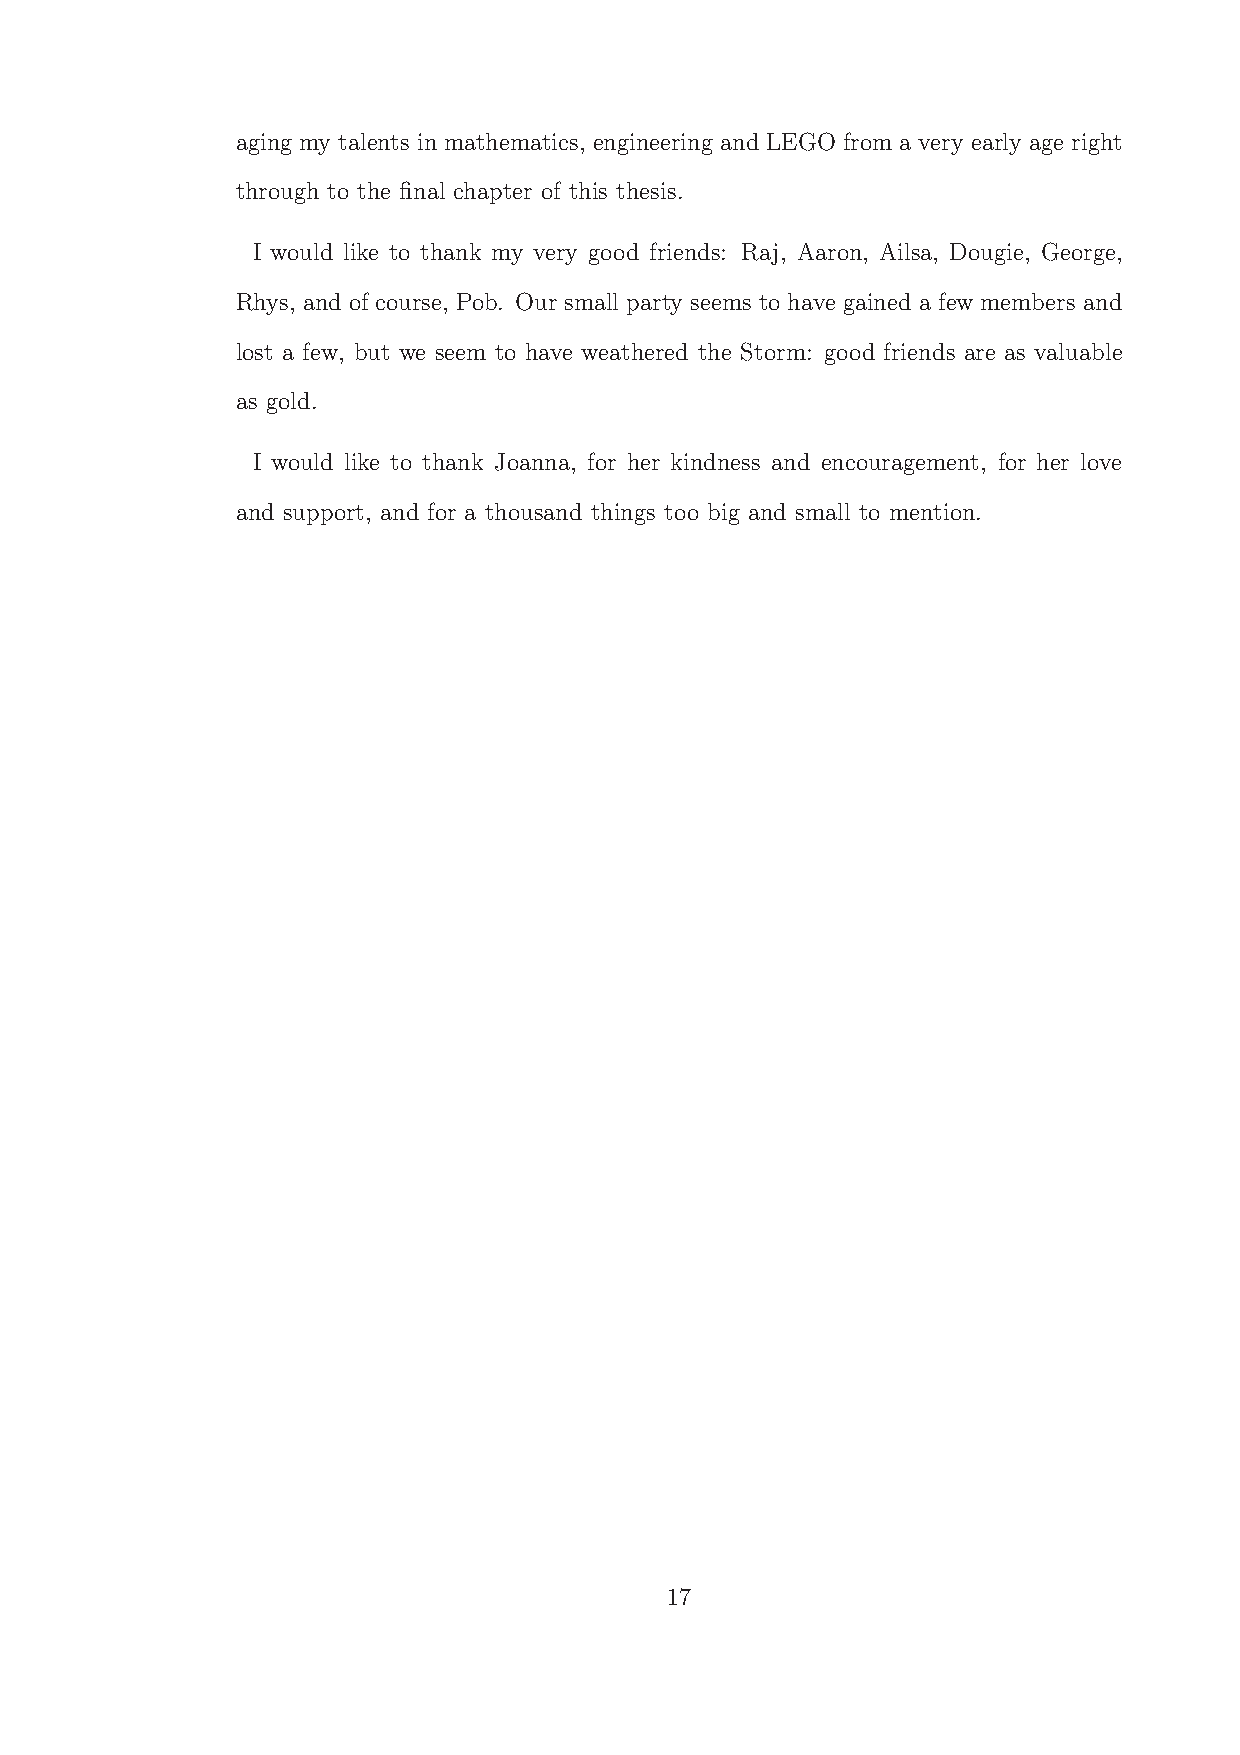
aging my talents in mathematics, engineering and LEGO from a very early age right
 through to the final chapter of this thesis.
 I would like to thank my very good friends: Raj, Aaron, Ailsa, Dougie, George,
 Rhys, and of course, Pob. Our small party seems to have gained a few members and
 lost a few, but we seem to have weathered the Storm: good friends are as valuable
 as gold.
 I would like to thank Joanna, for her kindness and encouragement, for her love
 and support, and for a thousand things too big and small to mention.
 17